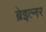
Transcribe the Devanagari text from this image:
ब्रेइत्नर